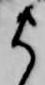
ま